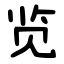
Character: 览